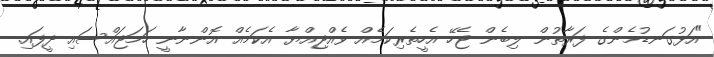
"އަޅުގަނޑުމެންގެ ފަރާތުން ލިބެން ޖެހޭ އެހީތެރިކަމެއް ވެއްޖިއްޔާ އެކަމެއް އޮންނާނީ ހަމަޖައްސައި ދީފައި.